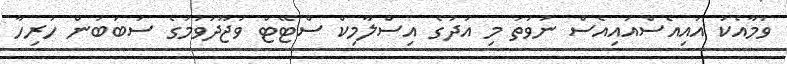
ވުމާއެކު އައިއެސްއައިއެސް ނުވަތަ މި އަދުގެ އިސްލާމިކް ސްޓޭޓް ވުޖޫދުވުމުގެ ސަބަބުން ހުރިހާ